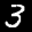
Label: 3